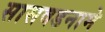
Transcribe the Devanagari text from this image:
सासवडनामे